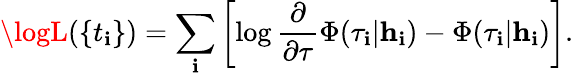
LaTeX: \logL(\{ t_{\mathbf{i}}\} )=\sum_{\mathbf{i}}\left[\log\frac{{\partial}}{{\partial\tau}}\Phi(\tau_{\mathbf{i}}|\textbf{{h}}_{\mathbf{i}})-\Phi(\tau_{\mathbf{i}}|\textbf{{h}}_{\mathbf{i}})\right].